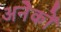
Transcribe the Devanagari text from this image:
अनेेकों